Eesti_Vabariigi_Tartu_Ulikool, lk 3
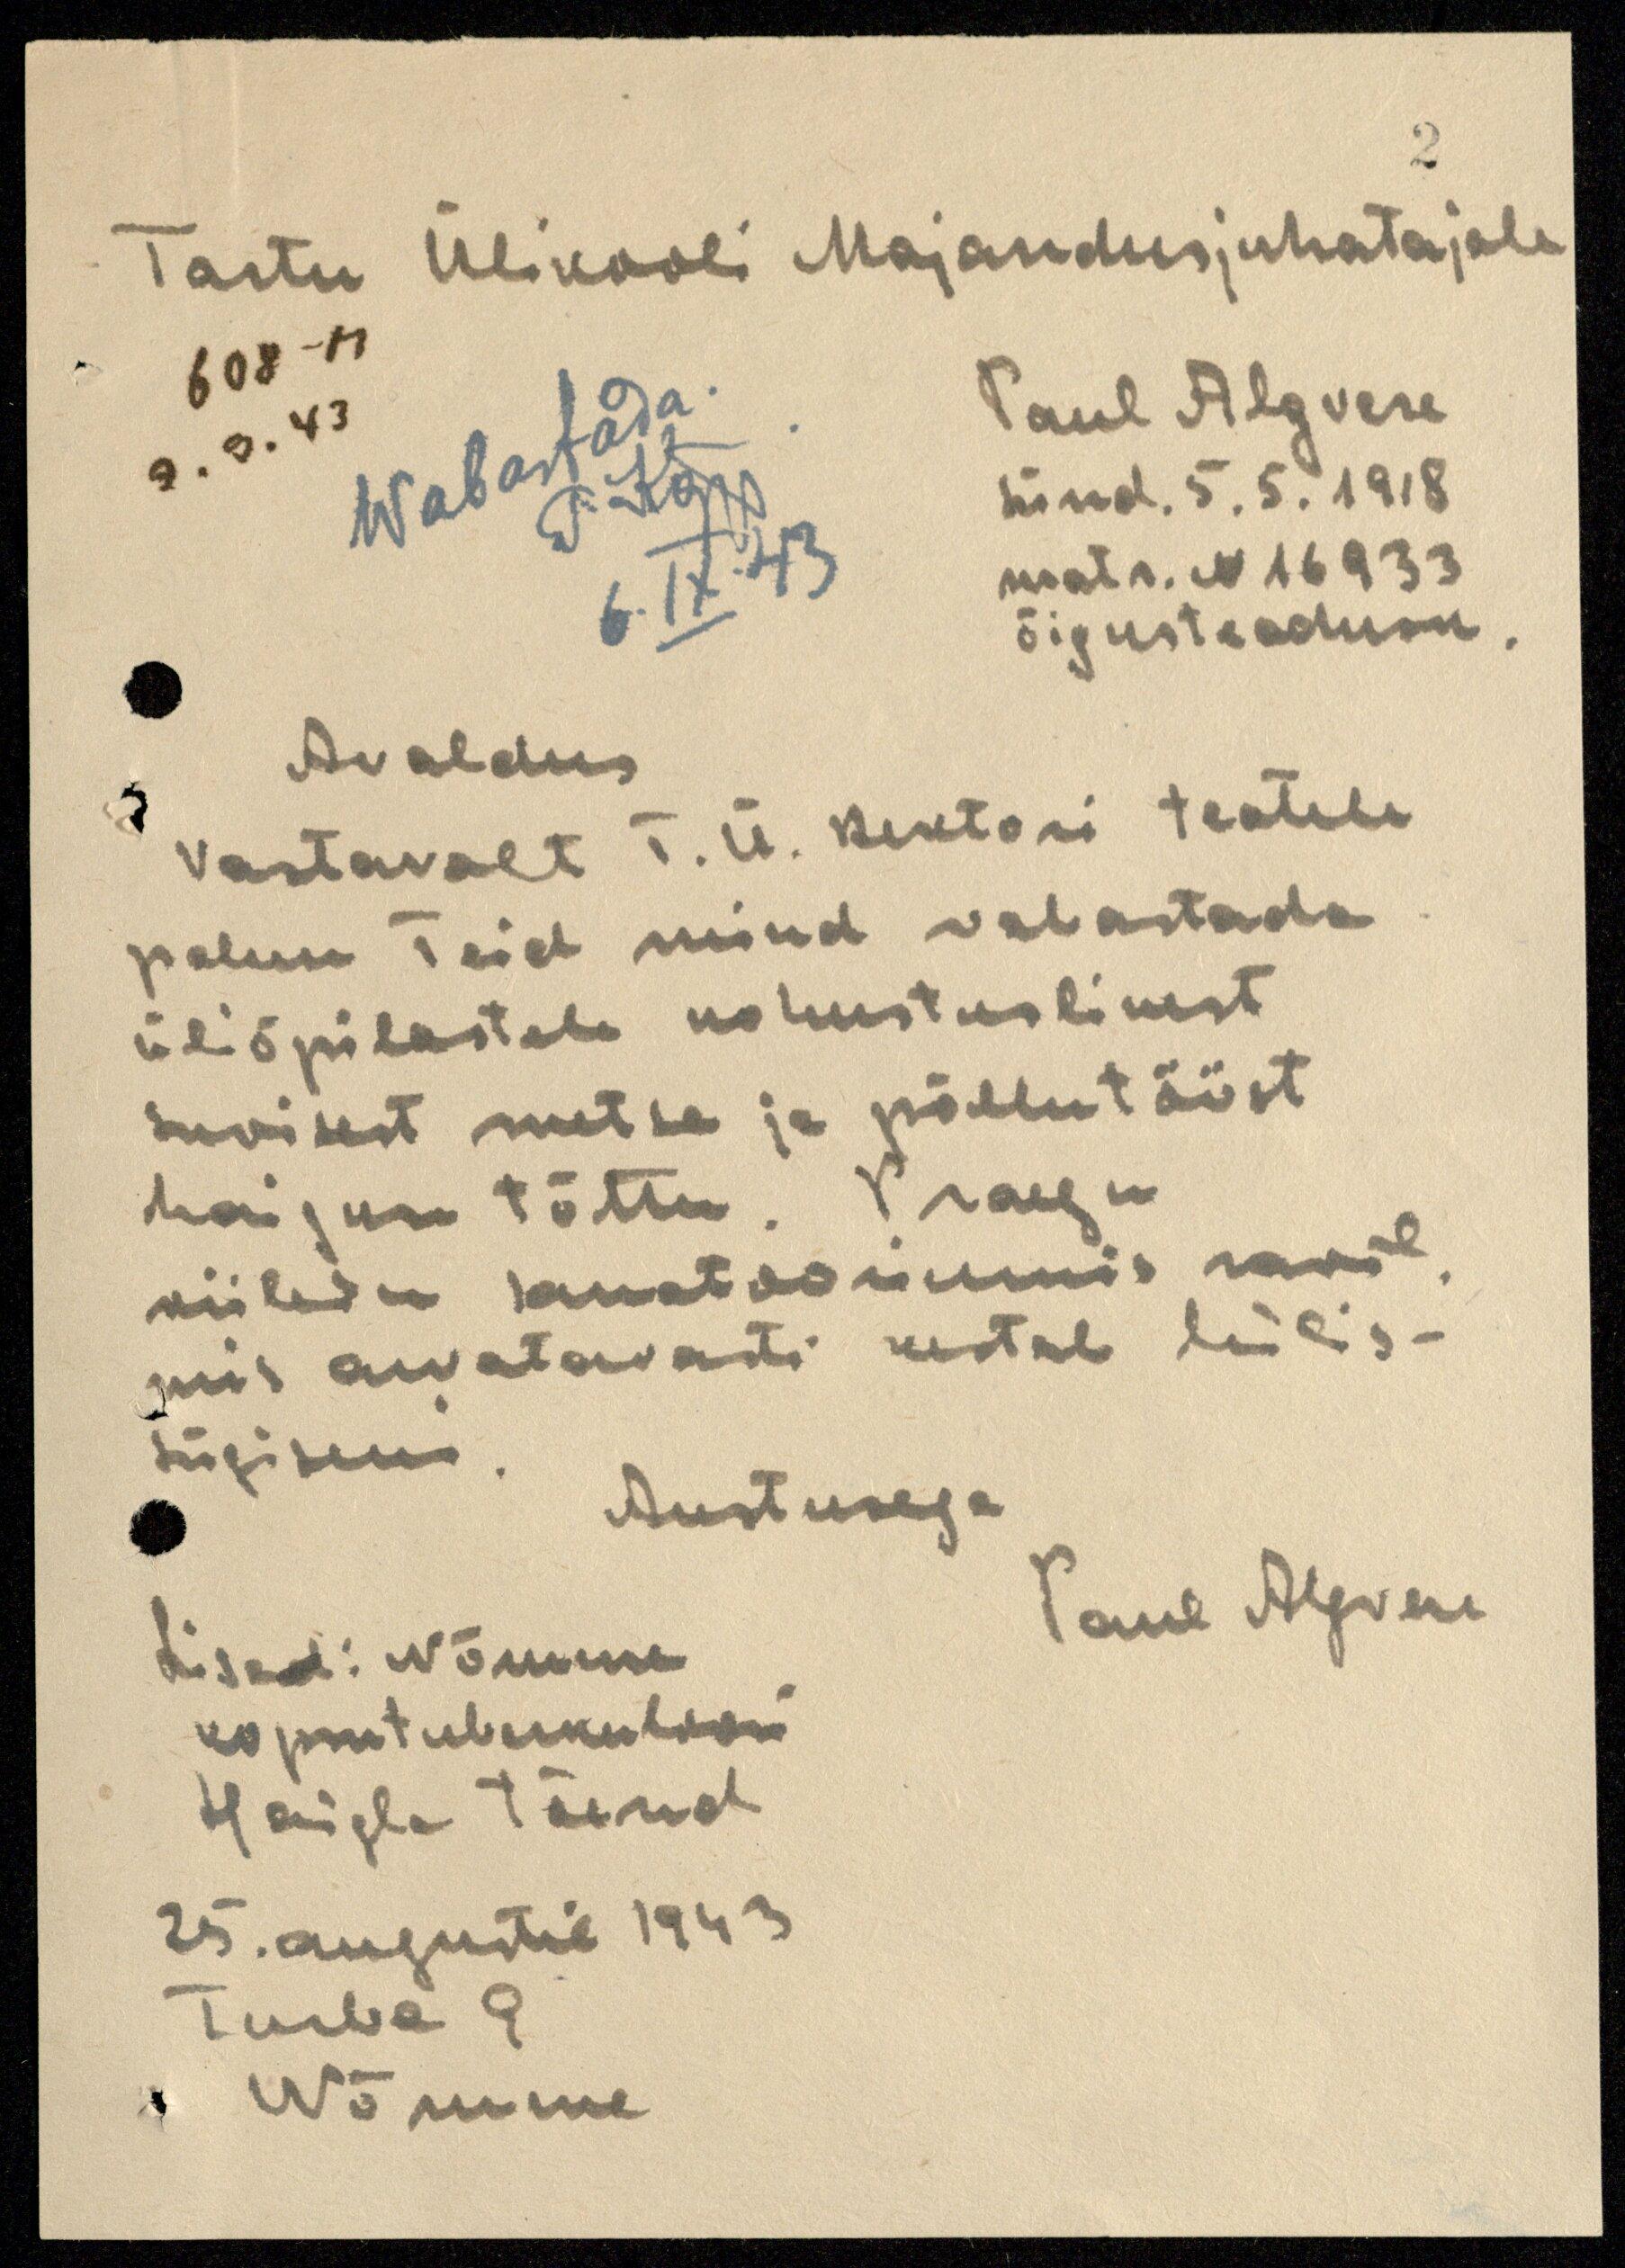
Tartu Ülikooli Majandusjuhatajale
608-M
9. 9. 43
Wabastada
P. Kõpp
6. IX. 43
Paul Algvere
sünd. 5. 5. 1918
matr. N 16 933
õigusteadusk.
Avaldus
Vastavalt T. Ü. Rektori teatele
palun Teid mind vabastada
üliõpilastele kohustuslikust
suvisest metsa ja põllutööst
haiguse tõttu. Praegu
viibin sanatooriumis ravil,
mis arvatavasti kestab hilis-
sügiseni.
Austusega
Paul Algvere
Lisad: Nõmme
kopsutuberkuloosi
Haigla tõend
25. augustil 1943
Turba 9
Nõmme